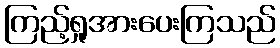
ကြည့်ရှုအားပေးကြသည်